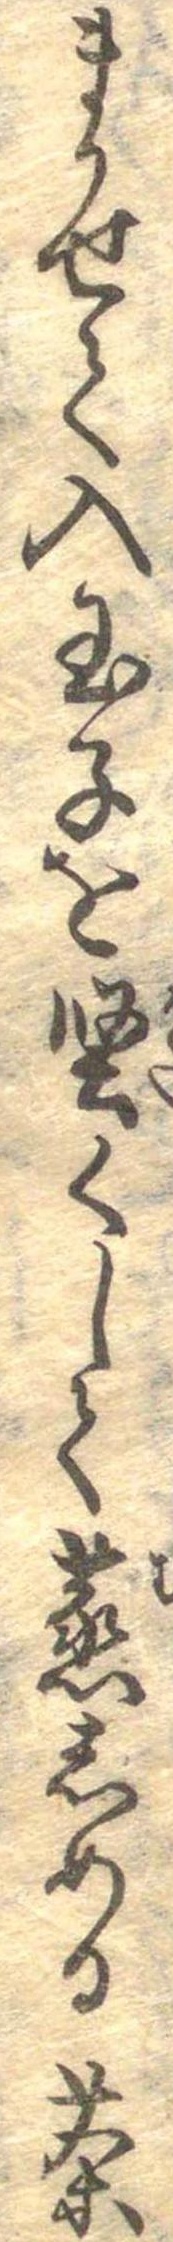
まかせて入玉子を堅くして蒸しめる茶